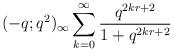
LaTeX: \begin{align*} (-q;q^2)_\infty \mathop{\sum_{k=0}^\infty} \frac{q^{2kr+2}}{1+q^{2kr+2}}\end{align*}